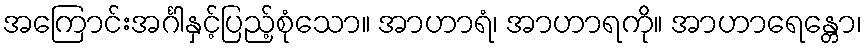
အကြောင်းအင်္ဂါနှင့်ပြည့်စုံသော။ အာဟာရံ၊ အာဟာရကို။ အာဟာရေန္တော၊